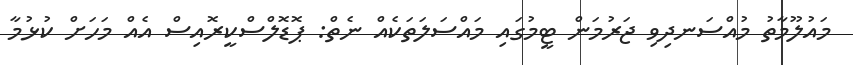
މައުލޫމާތު މުއްސަނދިވި ޖަރުމަން ޓީމުގައި މައްސަލަތަކެއް ނެތް: ޕޮޑޮލްސްކީރޮއިސް އެއް މަހަށް ކުޅުމާ